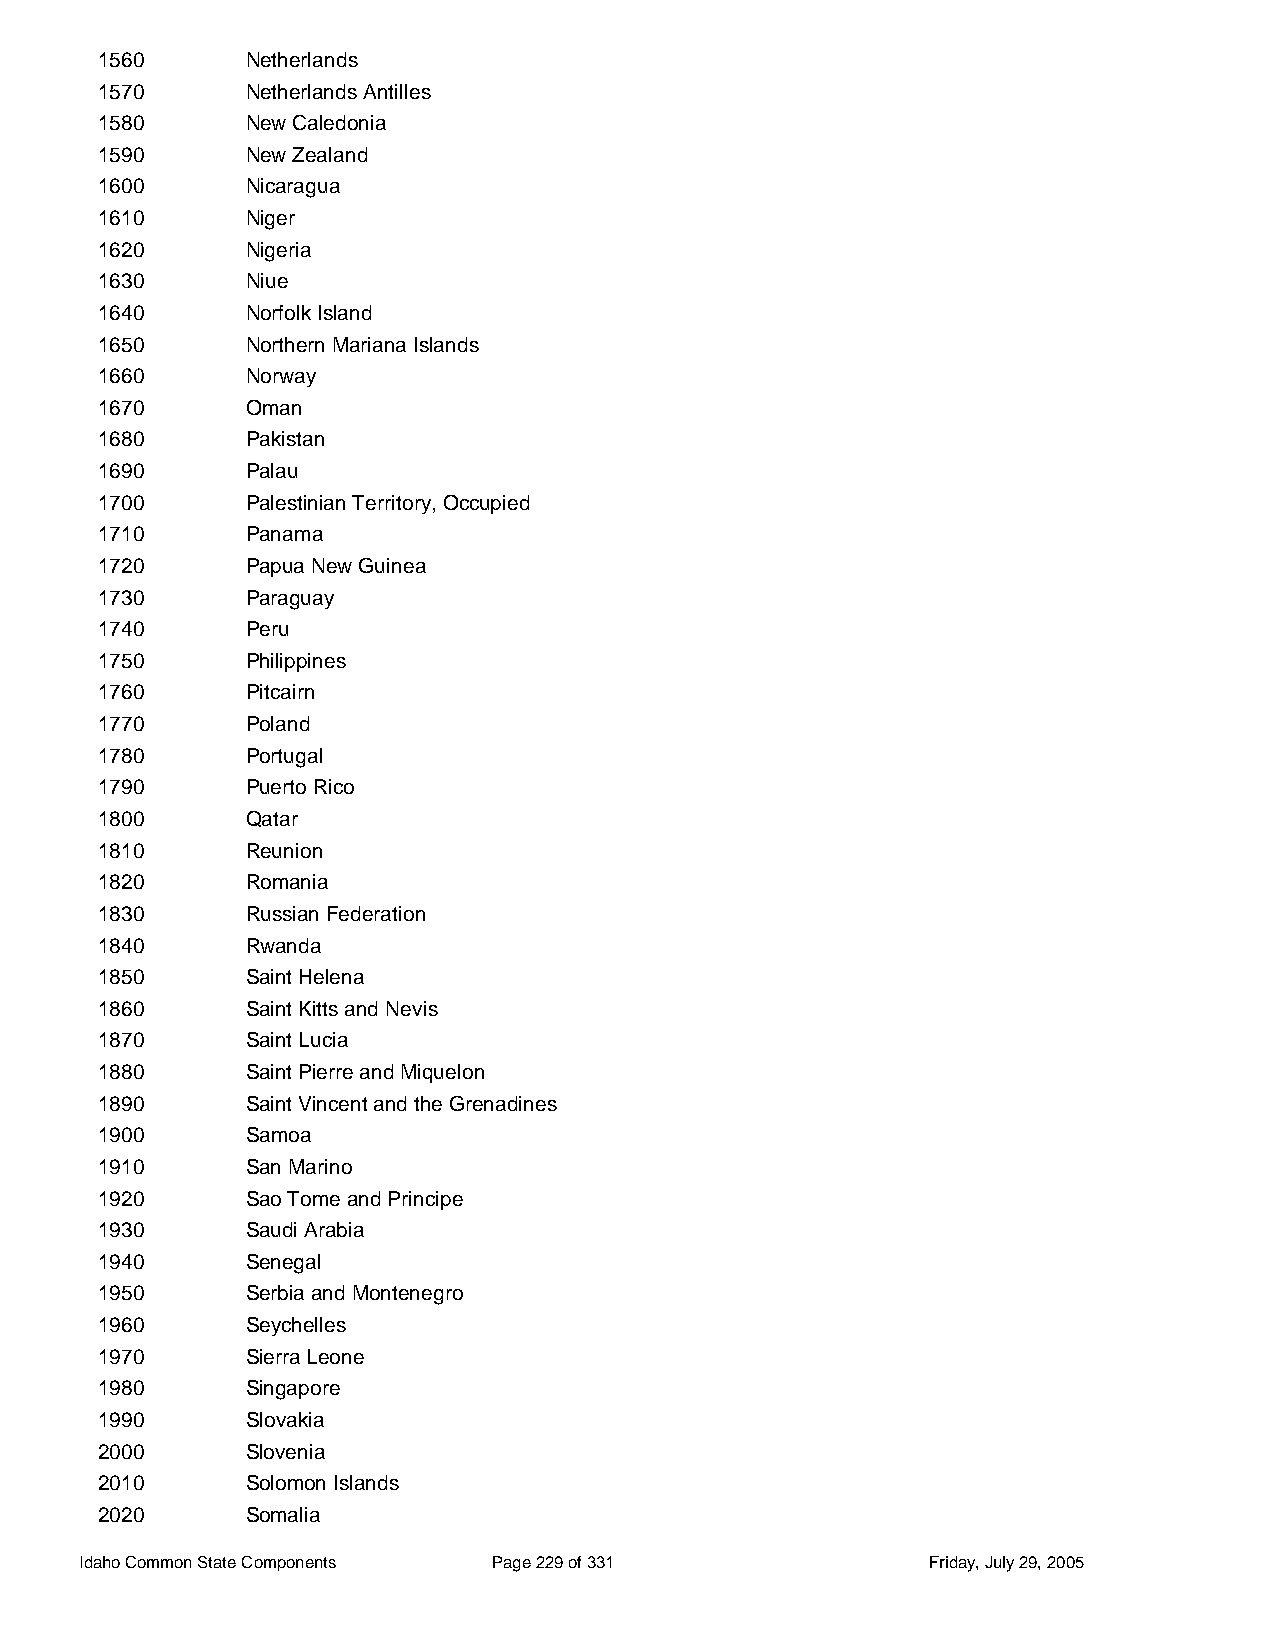
1560      Netherlands
 1570      Netherlands Antilles
 1580      New Caledonia
 1590      New Zealand
 1600      Nicaragua
 1610      Niger
 1620      Nigeria
 1630      Niue
 1640      Norfolk Island
 1650      Northern Mariana Islands
 1660      Norway
 1670      Oman
 1680      Pakistan
 1690      Palau
 1700      Palestinian Territory, Occupied
 1710      Panama
 1720      Papua New Guinea
 1730      Paraguay
 1740      Peru
 1750      Philippines
 1760      Pitcairn
 1770      Poland
 1780      Portugal
 1790      Puerto Rico
 1800      Qatar
 1810      Reunion
 1820      Romania
 1830      Russian Federation
 1840      Rwanda
 1850      Saint Helena
 1860      Saint Kitts and Nevis
 1870      Saint Lucia
 1880      Saint Pierre and Miquelon
 1890      Saint Vincent and the Grenadines
 1900      Samoa
 1910      San Marino
 1920      Sao Tome and Principe
 1930      Saudi Arabia
 1940      Senegal
 1950      Serbia and Montenegro
 1960      Seychelles
 1970      Sierra Leone
 1980      Singapore
 1990      Slovakia
 2000      Slovenia
 2010      Solomon Islands
 2020      Somalia
 Idaho Common State Components Page 229 of 331           Friday, July 29, 2005